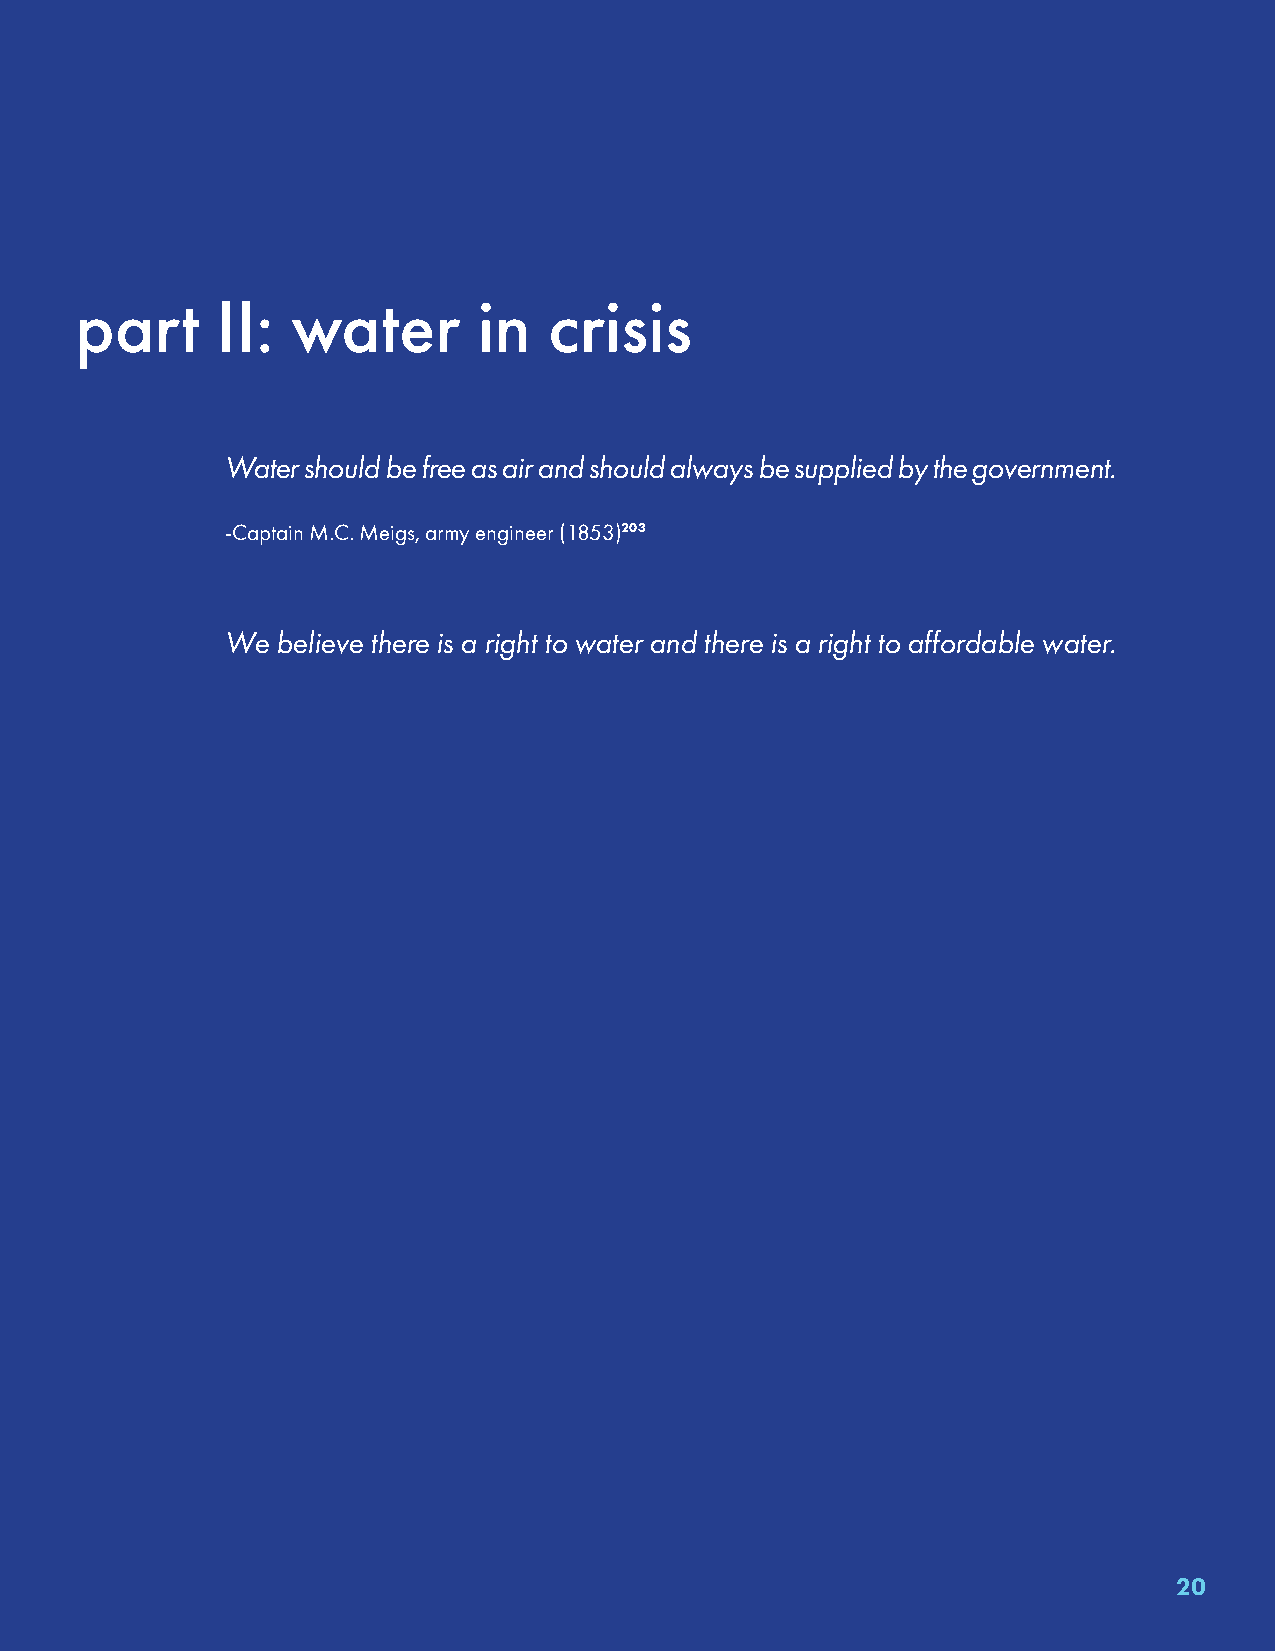
part     II:  water        in  crisis
 Water should be free as air and should always be supplied by the government.
 -Captain M.C. Meigs, army engineer (1853)203
 We believe there is a right to water and there is a right to affordable water.
 20